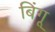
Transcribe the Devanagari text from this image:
बिंगू